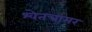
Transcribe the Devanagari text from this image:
श्वेतचामर